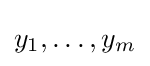
y_{1},\ldots ,y_{m}